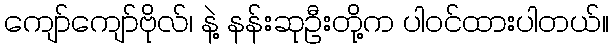
ကျော်ကျော်ဗိုလ်၊ နဲ့ နန်းဆုဦးတို့က ပါဝင်ထားပါတယ်။